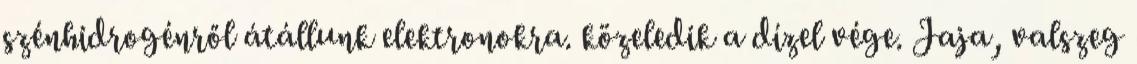
szénhidrogénről átállunk elektronokra. közeledik a dízel vége. Jaja, valszeg